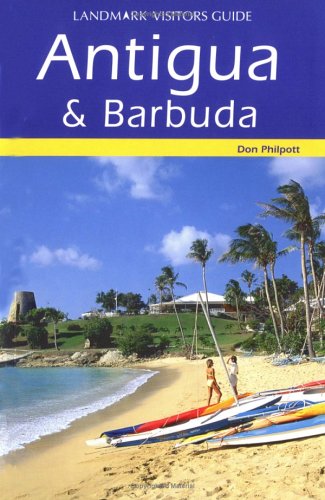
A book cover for Landmark Visitors Guide Antigua & Barbuda (Landmark Visitors Guide Antigua and Barbuda); Don Philpott; Travel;